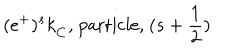
( e ^ { + } ) ^ { s } k _ { \dot { C } } \mathrm { , ~ p a r t i c l e , ~ } ( s + \frac { 1 } { 2 } )